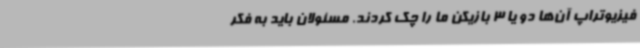
فیزیوتراپ آن‌ها دو یا 3 بازیکن ما را چک کردند. مسئولان باید به فکر